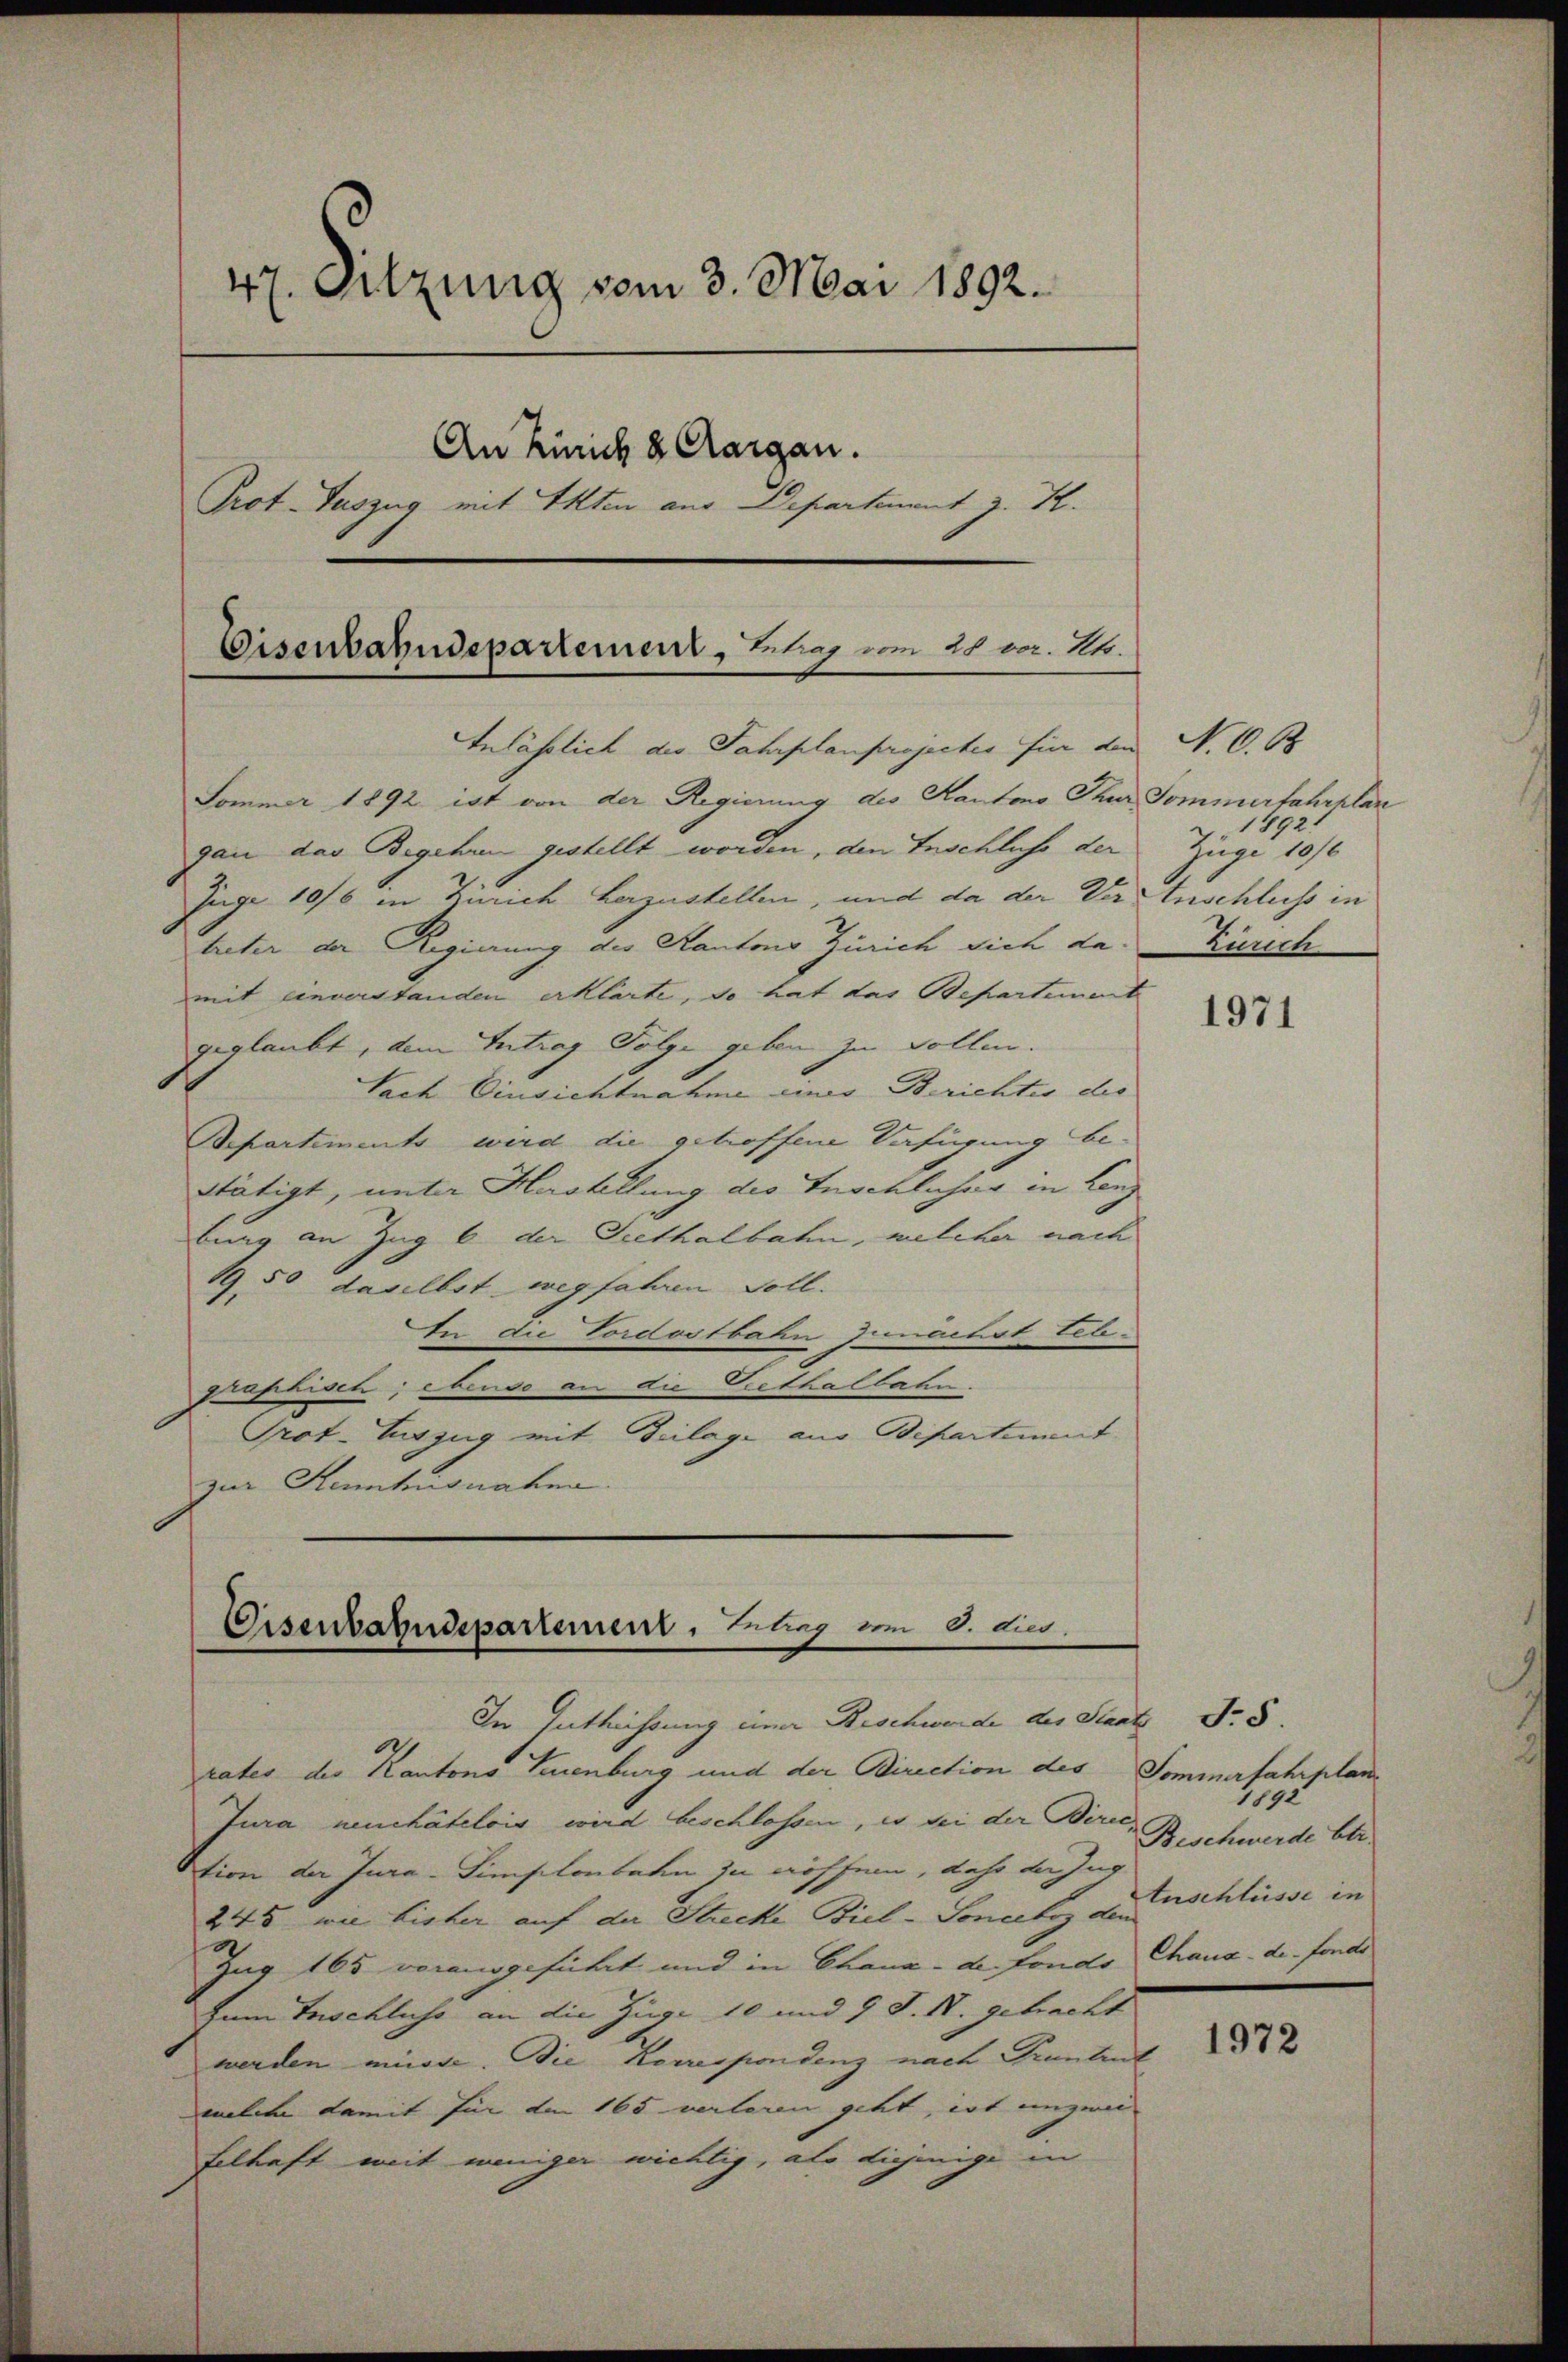
47. Sitzung vom 3. Mai 1892.
An Zürich & Aargau.
Prot. Tuszug mit Akten aus Departement z. K.

Inlässlich des Fahrplanprojectes für den
Sommer 1892 ist von der Regierung des Kantons Thur Sommerfahrplan
gan das Begehren gestellt worden, den Inschluss der
Juge 1076 in Zürich herzustellen, und da der Der Anschluss in
treter der Regierung des Kantons Zürich sich da-
mit einverstanden erklärte, so hat das Bepartement
geglaubt, dem Intrag Folge geben zu sollen.
Nach Einsichtnahme eines Berichtes der
Repartements wird die getroffene Verfügung bestätigt, unter Hartellung des Inschlicher in Lenz
bung an Zug 6 der Seethalbahn, welcher nach
19, 50 daselbst wegfahren soll.
In die Vordostbahn zunächst tele-
graphisch; ebenso an die Grethalbahn.
Grot. Auszug mit Beilage aus Departement
zur Stenhusnahna.

Eisenbahndepartement, Eintrag/Antrag vom 28. v. 2.

Eisenbahndepartement, Erlag vom 8. die

In Entheissung einer Beschwerde der Staats Nr. 8.
.
rates des Kantons Neuenburg und der Direction des Sommerfahrplan¬
Jura neuchâtelois wird beschlossen, es sei der Bern, Beschwerde ber
Stion der Jura-Simplonbahn zu öffen, daß die Zug
245, wie bisher auf der Strecke Biel-Soneelis der Erschlüsse in
Zug 165 vorausgeführt und in Chana - de fondo Chaux-de-Fonds
Zum Inschliche an die Züge 10 und 9 J. N. gebracht
werden müsse. Die Korrespondenz nach Frantent
welche damit für den 165 verleren geht, ist unzwei
Eelhaft mit weniger wichtig, als diejenige in

N. 6. O
1892:
Zugi 1870
Zürich

1971

1892

1972